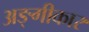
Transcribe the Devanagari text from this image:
अङ्गीकार